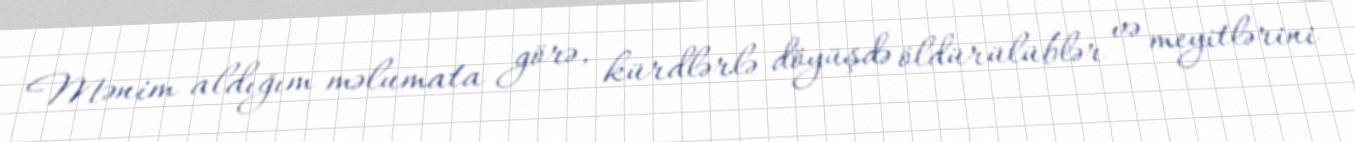
Mənim aldığım məlumata görə, kürdlərlə döyüşdə öldürülüblər və meyitlərini